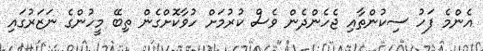
އެންމެ ފަހު ސިކުންތާއި ޖެހެންދެން ވެސް ކުރުމަށް ހުވާކޮށްގެން ތިބޭ މީހުންގެ ނަޒަރުގައި